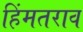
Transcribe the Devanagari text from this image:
हिंमतराव